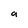
Character: a